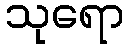
သုရော